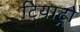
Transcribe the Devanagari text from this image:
टियाट्रो